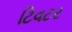
ટિવટર